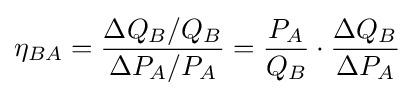
\eta _{BA}={\frac {\Delta Q_{B}/Q_{B}}{\Delta P_{A}/P_{A}}}={\frac {P_{A}}{Q_{B}}}\cdot {\frac {\Delta Q_{B}}{\Delta P_{A}}}